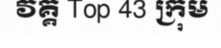
វគ្គ Top 43 ក្រុម